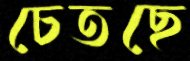
চেতছে